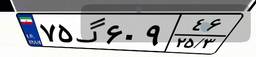
۷۵گ۶۰۹۴۶